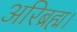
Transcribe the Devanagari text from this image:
अरिब्रह्म।